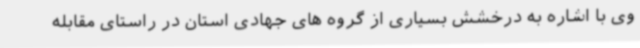
وی با اشاره به درخشش بسیاری از گروه های جهادی استان در راستای مقابله